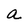
Character: a